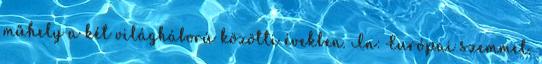
műhely a két világháború közötti években. In: Európai szemmel.